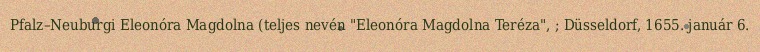
Pfalz–Neuburgi Eleonóra Magdolna (teljes nevén "Eleonóra Magdolna Teréza", ; Düsseldorf, 1655. január 6.